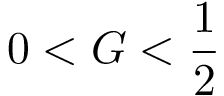
0 < G < \frac { 1 } { 2 }